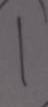
1